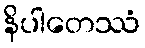
နိပါတေဿံ